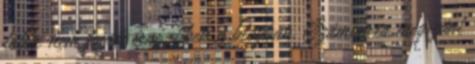
többé nem fogok írni ebben a blogban. Számomra megszünt